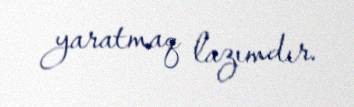
yaratmaq lazımdır.